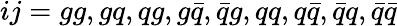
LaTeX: ij=gg,gq,qg,g\bar{q},\bar{q}g,qq,q\bar{q},\bar{q}q,\bar{q}\bar{q}